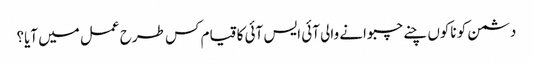
دشمن کو ناکوں چنے چبوانے والی آئی ایس آئی کا قیام کس طرح عمل میں آیا؟